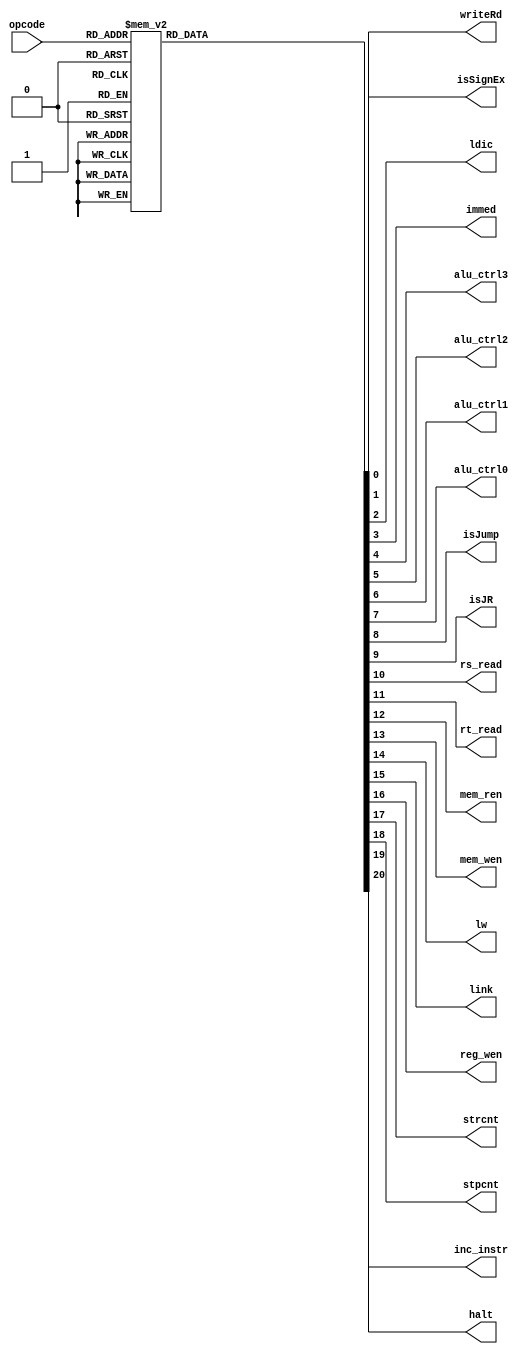
////////////////////////////////////////////////////////
////Author: 
////Date: 
////////////////////////////////////////////////////////
module decoder(
    input [5:0] opcode,
    output reg writeRd,
    output reg isSignEx,
    output reg ldic,
    output reg immed,
    output reg alu_ctrl3,
    output reg alu_ctrl2,
    output reg alu_ctrl1,
    output reg alu_ctrl0,
    output reg isJump,
    output reg isJR,
    output reg rs_read,
    output reg rt_read,
    output reg mem_ren,
    output reg mem_wen,
    output reg lw,
    output reg link,
    output reg reg_wen,
    output reg strcnt,
    output reg stpcnt,
    output reg halt,
    output reg inc_instr
 );
localparam NOP = 6'b000000;
localparam ADD = 6'b000001;
localparam ADDI = 6'b000010;
localparam SUB = 6'b000011;
localparam LUI = 6'b000100;
localparam MOV = 6'b000101;
localparam SLL = 6'b000110;
localparam SRA = 6'b000111;
localparam SRL = 6'b001000;
localparam AND = 6'b001001;
localparam ANDI = 6'b001010;
localparam NOT = 6'b001011;
localparam OR = 6'b001100;
localparam ORI = 6'b001101;
localparam XOR = 6'b001110;
localparam XORI = 6'b001111;
localparam LW = 6'b010001;
localparam SW = 6'b010010;
localparam B = 6'b010011;
localparam BEQ = 6'b010100;
localparam BGT = 6'b010101;
localparam BGE = 6'b010110;
localparam BLE = 6'b010111;
localparam BLT = 6'b011000;
localparam BNE = 6'b011001;
localparam J = 6'b011010;
localparam JAL = 6'b011011;
localparam JALR = 6'b011100;
localparam JR = 6'b011101;
localparam STRCNT = 6'b100000;
localparam STPCNT = 6'b100001;
localparam LDCC = 6'b100010;
localparam LDIC = 6'b100011;
localparam TX = 6'b110000;
localparam HALT = 6'b110001;
localparam ADDB = 6'b010100;
localparam ADDBI = 6'b010101;
localparam SUBB = 6'b010110;
localparam SUBBI = 6'b010111;

wire [5:0] ctrl_codes = opcode;

always @(ctrl_codes) begin

    case(ctrl_codes)
        NOP: begin
            writeRd = 0;
             isSignEx = 0;
             ldic = 0;
             immed = 0;
             alu_ctrl3 = 0;
             alu_ctrl2 = 0;
             alu_ctrl1 = 0;
             alu_ctrl0 = 0;
             isJump = 0;
             isJR = 0;
             rs_read = 0;
             rt_read = 0;
             mem_ren = 0;
             mem_wen = 0;
             lw = 0;
             link = 0;
             reg_wen = 0;
             strcnt = 0;
             stpcnt = 0;
             halt = 0;
             inc_instr = 0;
         end
        ADD: begin
            writeRd = 1;
             isSignEx = 0;
             ldic = 0;
             immed = 0;
             alu_ctrl3 = 0;
             alu_ctrl2 = 0;
             alu_ctrl1 = 0;
             alu_ctrl0 = 0;
             isJump = 0;
             isJR = 0;
             rs_read = 1;
             rt_read = 1;
             mem_ren = 0;
             mem_wen = 0;
             lw = 0;
             link = 0;
             reg_wen = 1;
             strcnt = 0;
             stpcnt = 0;
             halt = 0;
             inc_instr = 1;
         end
        ADDI: begin
            writeRd = 0;
             isSignEx = 1;
             ldic = 0;
             immed = 1;
             alu_ctrl3 = 0;
             alu_ctrl2 = 0;
             alu_ctrl1 = 0;
             alu_ctrl0 = 0;
             isJump = 0;
             isJR = 0;
             rs_read = 1;
             rt_read = 0;
             mem_ren = 0;
             mem_wen = 0;
             lw = 0;
             link = 0;
             reg_wen = 1;
             strcnt = 0;
             stpcnt = 0;
             halt = 0;
             inc_instr = 1;
         end
        SUB: begin
            writeRd = 1;
             isSignEx = 0;
             ldic = 0;
             immed = 0;
             alu_ctrl3 = 0;
             alu_ctrl2 = 0;
             alu_ctrl1 = 0;
             alu_ctrl0 = 1;
             isJump = 0;
             isJR = 0;
             rs_read = 1;
             rt_read = 1;
             mem_ren = 0;
             mem_wen = 0;
             lw = 0;
             link = 0;
             reg_wen = 1;
             strcnt = 0;
             stpcnt = 0;
             halt = 0;
             inc_instr = 1;
         end
        LUI: begin
            writeRd = 0;
             isSignEx = 0;
             ldic = 0;
             immed = 1;
             alu_ctrl3 = 0;
             alu_ctrl2 = 0;
             alu_ctrl1 = 1;
             alu_ctrl0 = 0;
             isJump = 0;
             isJR = 0;
             rs_read = 0;
             rt_read = 0;
             mem_ren = 0;
             mem_wen = 0;
             lw = 0;
             link = 0;
             reg_wen = 1;
             strcnt = 0;
             stpcnt = 0;
             halt = 0;
             inc_instr = 1;
         end
        MOV: begin
            writeRd = 0;
             isSignEx = 0;
             ldic = 0;
             immed = 0;
             alu_ctrl3 = 0;
             alu_ctrl2 = 0;
             alu_ctrl1 = 1;
             alu_ctrl0 = 1;
             isJump = 0;
             isJR = 0;
             rs_read = 1;
             rt_read = 0;
             mem_ren = 0;
             mem_wen = 0;
             lw = 0;
             link = 0;
             reg_wen = 1;
             strcnt = 0;
             stpcnt = 0;
             halt = 0;
             inc_instr = 1;
         end
        SLL: begin
            writeRd = 1;
             isSignEx = 0;
             ldic = 0;
             immed = 0;
             alu_ctrl3 = 0;
             alu_ctrl2 = 1;
             alu_ctrl1 = 0;
             alu_ctrl0 = 1;
             isJump = 0;
             isJR = 0;
             rs_read = 1;
             rt_read = 0;
             mem_ren = 0;
             mem_wen = 0;
             lw = 0;
             link = 0;
             reg_wen = 1;
             strcnt = 0;
             stpcnt = 0;
             halt = 0;
             inc_instr = 1;
         end
        SRA: begin
            writeRd = 1;
             isSignEx = 0;
             ldic = 0;
             immed = 0;
             alu_ctrl3 = 0;
             alu_ctrl2 = 1;
             alu_ctrl1 = 1;
             alu_ctrl0 = 0;
             isJump = 0;
             isJR = 0;
             rs_read = 1;
             rt_read = 0;
             mem_ren = 0;
             mem_wen = 0;
             lw = 0;
             link = 0;
             reg_wen = 1;
             strcnt = 0;
             stpcnt = 0;
             halt = 0;
             inc_instr = 1;
         end
        SRL: begin
            writeRd = 1;
             isSignEx = 0;
             ldic = 0;
             immed = 0;
             alu_ctrl3 = 0;
             alu_ctrl2 = 1;
             alu_ctrl1 = 1;
             alu_ctrl0 = 1;
             isJump = 0;
             isJR = 0;
             rs_read = 1;
             rt_read = 0;
             mem_ren = 0;
             mem_wen = 0;
             lw = 0;
             link = 0;
             reg_wen = 1;
             strcnt = 0;
             stpcnt = 0;
             halt = 0;
             inc_instr = 1;
         end
        AND: begin
            writeRd = 1;
             isSignEx = 0;
             ldic = 0;
             immed = 0;
             alu_ctrl3 = 0;
             alu_ctrl2 = 1;
             alu_ctrl1 = 0;
             alu_ctrl0 = 0;
             isJump = 0;
             isJR = 0;
             rs_read = 1;
             rt_read = 1;
             mem_ren = 0;
             mem_wen = 0;
             lw = 0;
             link = 0;
             reg_wen = 1;
             strcnt = 0;
             stpcnt = 0;
             halt = 0;
             inc_instr = 1;
         end
        ANDI: begin
            writeRd = 0;
             isSignEx = 0;
             ldic = 0;
             immed = 1;
             alu_ctrl3 = 0;
             alu_ctrl2 = 1;
             alu_ctrl1 = 0;
             alu_ctrl0 = 0;
             isJump = 0;
             isJR = 0;
             rs_read = 1;
             rt_read = 0;
             mem_ren = 0;
             mem_wen = 0;
             lw = 0;
             link = 0;
             reg_wen = 1;
             strcnt = 0;
             stpcnt = 0;
             halt = 0;
             inc_instr = 1;
         end
        NOT: begin
            writeRd = 0;
             isSignEx = 0;
             ldic = 0;
             immed = 0;
             alu_ctrl3 = 1;
             alu_ctrl2 = 0;
             alu_ctrl1 = 0;
             alu_ctrl0 = 0;
             isJump = 0;
             isJR = 0;
             rs_read = 1;
             rt_read = 0;
             mem_ren = 0;
             mem_wen = 0;
             lw = 0;
             link = 0;
             reg_wen = 1;
             strcnt = 0;
             stpcnt = 0;
             halt = 0;
             inc_instr = 1;
         end
        OR: begin
            writeRd = 1;
             isSignEx = 0;
             ldic = 0;
             immed = 0;
             alu_ctrl3 = 1;
             alu_ctrl2 = 0;
             alu_ctrl1 = 0;
             alu_ctrl0 = 1;
             isJump = 0;
             isJR = 0;
             rs_read = 1;
             rt_read = 1;
             mem_ren = 0;
             mem_wen = 0;
             lw = 0;
             link = 0;
             reg_wen = 1;
             strcnt = 0;
             stpcnt = 0;
             halt = 0;
             inc_instr = 1;
         end
        ORI: begin
            writeRd = 0;
             isSignEx = 0;
             ldic = 0;
             immed = 1;
             alu_ctrl3 = 1;
             alu_ctrl2 = 0;
             alu_ctrl1 = 0;
             alu_ctrl0 = 1;
             isJump = 0;
             isJR = 0;
             rs_read = 1;
             rt_read = 0;
             mem_ren = 0;
             mem_wen = 0;
             lw = 0;
             link = 0;
             reg_wen = 1;
             strcnt = 0;
             stpcnt = 0;
             halt = 0;
             inc_instr = 1;
         end
        XOR: begin
            writeRd = 1;
             isSignEx = 0;
             ldic = 0;
             immed = 0;
             alu_ctrl3 = 1;
             alu_ctrl2 = 0;
             alu_ctrl1 = 1;
             alu_ctrl0 = 0;
             isJump = 0;
             isJR = 0;
             rs_read = 1;
             rt_read = 1;
             mem_ren = 0;
             mem_wen = 0;
             lw = 0;
             link = 0;
             reg_wen = 1;
             strcnt = 0;
             stpcnt = 0;
             halt = 0;
             inc_instr = 1;
         end
        XORI: begin
            writeRd = 0;
             isSignEx = 0;
             ldic = 0;
             immed = 1;
             alu_ctrl3 = 1;
             alu_ctrl2 = 0;
             alu_ctrl1 = 1;
             alu_ctrl0 = 0;
             isJump = 0;
             isJR = 0;
             rs_read = 1;
             rt_read = 0;
             mem_ren = 0;
             mem_wen = 0;
             lw = 0;
             link = 0;
             reg_wen = 1;
             strcnt = 0;
             stpcnt = 0;
             halt = 0;
             inc_instr = 1;
         end
        LW: begin
            writeRd = 0;
             isSignEx = 0;
             ldic = 0;
             immed = 0;
             alu_ctrl3 = 0;
             alu_ctrl2 = 0;
             alu_ctrl1 = 0;
             alu_ctrl0 = 0;
             isJump = 0;
             isJR = 0;
             rs_read = 1;
             rt_read = 0;
             mem_ren = 1;
             mem_wen = 0;
             lw = 1;
             link = 0;
             reg_wen = 1;
             strcnt = 0;
             stpcnt = 0;
             halt = 0;
             inc_instr = 1;
         end
        SW: begin
            writeRd = 0;
             isSignEx = 0;
             ldic = 0;
             immed = 0;
             alu_ctrl3 = 0;
             alu_ctrl2 = 0;
             alu_ctrl1 = 0;
             alu_ctrl0 = 1;
             isJump = 0;
             isJR = 0;
             rs_read = 1;
             rt_read = 1;
             mem_ren = 0;
             mem_wen = 1;
             lw = 0;
             link = 0;
             reg_wen = 0;
             strcnt = 0;
             stpcnt = 0;
             halt = 0;
             inc_instr = 1;
         end
        B: begin
            writeRd = 0;
             isSignEx = 0;
             ldic = 0;
             immed = 0;
             alu_ctrl3 = 0;
             alu_ctrl2 = 0;
             alu_ctrl1 = 0;
             alu_ctrl0 = 1;
             isJump = 0;
             isJR = 0;
             rs_read = 1;
             rt_read = 1;
             mem_ren = 0;
             mem_wen = 0;
             lw = 0;
             link = 0;
             reg_wen = 0;
             strcnt = 0;
             stpcnt = 0;
             halt = 0;
             inc_instr = 1;
         end
        BEQ: begin
            writeRd = 0;
             isSignEx = 0;
             ldic = 0;
             immed = 0;
             alu_ctrl3 = 0;
             alu_ctrl2 = 0;
             alu_ctrl1 = 0;
             alu_ctrl0 = 1;
             isJump = 0;
             isJR = 0;
             rs_read = 1;
             rt_read = 1;
             mem_ren = 0;
             mem_wen = 0;
             lw = 0;
             link = 0;
             reg_wen = 0;
             strcnt = 0;
             stpcnt = 0;
             halt = 0;
             inc_instr = 1;
         end
        BGT: begin
            writeRd = 0;
             isSignEx = 0;
             ldic = 0;
             immed = 0;
             alu_ctrl3 = 0;
             alu_ctrl2 = 0;
             alu_ctrl1 = 0;
             alu_ctrl0 = 1;
             isJump = 0;
             isJR = 0;
             rs_read = 1;
             rt_read = 1;
             mem_ren = 0;
             mem_wen = 0;
             lw = 0;
             link = 0;
             reg_wen = 0;
             strcnt = 0;
             stpcnt = 0;
             halt = 0;
             inc_instr = 1;
         end
        BGE: begin
            writeRd = 0;
             isSignEx = 0;
             ldic = 0;
             immed = 0;
             alu_ctrl3 = 0;
             alu_ctrl2 = 0;
             alu_ctrl1 = 0;
             alu_ctrl0 = 1;
             isJump = 0;
             isJR = 0;
             rs_read = 1;
             rt_read = 1;
             mem_ren = 0;
             mem_wen = 0;
             lw = 0;
             link = 0;
             reg_wen = 0;
             strcnt = 0;
             stpcnt = 0;
             halt = 0;
             inc_instr = 1;
         end
        BLE: begin
            writeRd = 0;
             isSignEx = 0;
             ldic = 0;
             immed = 0;
             alu_ctrl3 = 0;
             alu_ctrl2 = 0;
             alu_ctrl1 = 0;
             alu_ctrl0 = 1;
             isJump = 0;
             isJR = 0;
             rs_read = 1;
             rt_read = 1;
             mem_ren = 0;
             mem_wen = 0;
             lw = 0;
             link = 0;
             reg_wen = 0;
             strcnt = 0;
             stpcnt = 0;
             halt = 0;
             inc_instr = 1;
         end
        BLT: begin
            writeRd = 0;
             isSignEx = 0;
             ldic = 0;
             immed = 0;
             alu_ctrl3 = 0;
             alu_ctrl2 = 0;
             alu_ctrl1 = 0;
             alu_ctrl0 = 1;
             isJump = 0;
             isJR = 0;
             rs_read = 1;
             rt_read = 1;
             mem_ren = 0;
             mem_wen = 0;
             lw = 0;
             link = 0;
             reg_wen = 0;
             strcnt = 0;
             stpcnt = 0;
             halt = 0;
             inc_instr = 1;
         end
        BNE: begin
            writeRd = 0;
             isSignEx = 0;
             ldic = 0;
             immed = 0;
             alu_ctrl3 = 0;
             alu_ctrl2 = 0;
             alu_ctrl1 = 0;
             alu_ctrl0 = 1;
             isJump = 0;
             isJR = 0;
             rs_read = 1;
             rt_read = 1;
             mem_ren = 0;
             mem_wen = 0;
             lw = 0;
             link = 0;
             reg_wen = 0;
             strcnt = 0;
             stpcnt = 0;
             halt = 0;
             inc_instr = 1;
         end
        J: begin
            writeRd = 0;
             isSignEx = 0;
             ldic = 0;
             immed = 0;
             alu_ctrl3 = 0;
             alu_ctrl2 = 0;
             alu_ctrl1 = 0;
             alu_ctrl0 = 0;
             isJump = 1;
             isJR = 0;
             rs_read = 0;
             rt_read = 0;
             mem_ren = 0;
             mem_wen = 0;
             lw = 0;
             link = 0;
             reg_wen = 0;
             strcnt = 0;
             stpcnt = 0;
             halt = 0;
             inc_instr = 1;
         end
        JAL: begin
            writeRd = 0;
             isSignEx = 0;
             ldic = 0;
             immed = 0;
             alu_ctrl3 = 0;
             alu_ctrl2 = 0;
             alu_ctrl1 = 0;
             alu_ctrl0 = 0;
             isJump = 1;
             isJR = 0;
             rs_read = 0;
             rt_read = 0;
             mem_ren = 0;
             mem_wen = 0;
             lw = 0;
             link = 1;
             reg_wen = 1;
             strcnt = 0;
             stpcnt = 0;
             halt = 0;
             inc_instr = 1;
         end
        JALR: begin
            writeRd = 0;
             isSignEx = 0;
             ldic = 0;
             immed = 0;
             alu_ctrl3 = 0;
             alu_ctrl2 = 0;
             alu_ctrl1 = 0;
             alu_ctrl0 = 0;
             isJump = 1;
             isJR = 1;
             rs_read = 1;
             rt_read = 0;
             mem_ren = 0;
             mem_wen = 0;
             lw = 0;
             link = 1;
             reg_wen = 1;
             strcnt = 0;
             stpcnt = 0;
             halt = 0;
             inc_instr = 1;
         end
        JR: begin
            writeRd = 0;
             isSignEx = 0;
             ldic = 0;
             immed = 0;
             alu_ctrl3 = 0;
             alu_ctrl2 = 0;
             alu_ctrl1 = 0;
             alu_ctrl0 = 0;
             isJump = 1;
             isJR = 1;
             rs_read = 1;
             rt_read = 0;
             mem_ren = 0;
             mem_wen = 0;
             lw = 0;
             link = 0;
             reg_wen = 0;
             strcnt = 0;
             stpcnt = 0;
             halt = 0;
             inc_instr = 1;
         end
        STRCNT: begin
            writeRd = 0;
             isSignEx = 0;
             ldic = 0;
             immed = 0;
             alu_ctrl3 = 0;
             alu_ctrl2 = 0;
             alu_ctrl1 = 0;
             alu_ctrl0 = 0;
             isJump = 0;
             isJR = 0;
             rs_read = 0;
             rt_read = 0;
             mem_ren = 0;
             mem_wen = 0;
             lw = 0;
             link = 0;
             reg_wen = 0;
             strcnt = 1;
             stpcnt = 0;
             halt = 0;
             inc_instr = 1;
         end
        STPCNT: begin
            writeRd = 0;
             isSignEx = 0;
             ldic = 0;
             immed = 0;
             alu_ctrl3 = 0;
             alu_ctrl2 = 0;
             alu_ctrl1 = 0;
             alu_ctrl0 = 0;
             isJump = 0;
             isJR = 0;
             rs_read = 0;
             rt_read = 0;
             mem_ren = 0;
             mem_wen = 0;
             lw = 0;
             link = 0;
             reg_wen = 0;
             strcnt = 0;
             stpcnt = 1;
             halt = 0;
             inc_instr = 1;
         end
        LDCC: begin
            writeRd = 0;
             isSignEx = 0;
             ldic = 0;
             immed = 0;
             alu_ctrl3 = 1;
             alu_ctrl2 = 1;
             alu_ctrl1 = 1;
             alu_ctrl0 = 1;
             isJump = 0;
             isJR = 0;
             rs_read = 0;
             rt_read = 0;
             mem_ren = 0;
             mem_wen = 0;
             lw = 0;
             link = 0;
             reg_wen = 1;
             strcnt = 0;
             stpcnt = 0;
             halt = 0;
             inc_instr = 1;
         end
        LDIC: begin
            writeRd = 0;
             isSignEx = 0;
             ldic = 1;
             immed = 0;
             alu_ctrl3 = 1;
             alu_ctrl2 = 1;
             alu_ctrl1 = 1;
             alu_ctrl0 = 1;
             isJump = 0;
             isJR = 0;
             rs_read = 0;
             rt_read = 0;
             mem_ren = 0;
             mem_wen = 0;
             lw = 0;
             link = 0;
             reg_wen = 1;
             strcnt = 0;
             stpcnt = 0;
             halt = 0;
             inc_instr = 1;
         end
        TX: begin
            writeRd = 0;
             isSignEx = 0;
             ldic = 0;
             immed = 0;
             alu_ctrl3 = 0;
             alu_ctrl2 = 0;
             alu_ctrl1 = 0;
             alu_ctrl0 = 0;
             isJump = 0;
             isJR = 0;
             rs_read = 0;
             rt_read = 0;
             mem_ren = 0;
             mem_wen = 0;
             lw = 0;
             link = 0;
             reg_wen = 0;
             strcnt = 0;
             stpcnt = 0;
             halt = 0;
             inc_instr = 1;
         end
        HALT: begin
            writeRd = 0;
             isSignEx = 0;
             ldic = 0;
             immed = 0;
             alu_ctrl3 = 0;
             alu_ctrl2 = 0;
             alu_ctrl1 = 0;
             alu_ctrl0 = 0;
             isJump = 0;
             isJR = 0;
             rs_read = 0;
             rt_read = 0;
             mem_ren = 0;
             mem_wen = 0;
             lw = 0;
             link = 0;
             reg_wen = 0;
             strcnt = 0;
             stpcnt = 0;
             halt = 1;
             inc_instr = 1;
         end
        ADDB: begin
            writeRd = 1;
             isSignEx = 0;
             ldic = 0;
             immed = 0;
             alu_ctrl3 = 1;
             alu_ctrl2 = 0;
             alu_ctrl1 = 1;
             alu_ctrl0 = 1;
             isJump = 0;
             isJR = 0;
             rs_read = 1;
             rt_read = 1;
             mem_ren = 0;
             mem_wen = 0;
             lw = 0;
             link = 0;
             reg_wen = 1;
             strcnt = 0;
             stpcnt = 0;
             halt = 0;
             inc_instr = 1;
         end
        ADDBI: begin
            writeRd = 0;
             isSignEx = 0;
             ldic = 0;
             immed = 1;
             alu_ctrl3 = 1;
             alu_ctrl2 = 1;
             alu_ctrl1 = 0;
             alu_ctrl0 = 0;
             isJump = 0;
             isJR = 0;
             rs_read = 1;
             rt_read = 0;
             mem_ren = 0;
             mem_wen = 0;
             lw = 0;
             link = 0;
             reg_wen = 1;
             strcnt = 0;
             stpcnt = 0;
             halt = 0;
             inc_instr = 1;
         end
        SUBB: begin
            writeRd = 1;
             isSignEx = 0;
             ldic = 0;
             immed = 0;
             alu_ctrl3 = 1;
             alu_ctrl2 = 1;
             alu_ctrl1 = 0;
             alu_ctrl0 = 1;
             isJump = 0;
             isJR = 0;
             rs_read = 1;
             rt_read = 1;
             mem_ren = 0;
             mem_wen = 0;
             lw = 0;
             link = 0;
             reg_wen = 1;
             strcnt = 0;
             stpcnt = 0;
             halt = 0;
             inc_instr = 1;
         end
        SUBBI: begin
            writeRd = 0;
             isSignEx = 0;
             ldic = 0;
             immed = 1;
             alu_ctrl3 = 1;
             alu_ctrl2 = 1;
             alu_ctrl1 = 1;
             alu_ctrl0 = 0;
             isJump = 0;
             isJR = 0;
             rs_read = 1;
             rt_read = 0;
             mem_ren = 0;
             mem_wen = 0;
             lw = 0;
             link = 0;
             reg_wen = 1;
             strcnt = 0;
             stpcnt = 0;
             halt = 0;
             inc_instr = 1;
         end
        default: begin
            writeRd = 0;
             isSignEx = 0;
             ldic = 0;
             immed = 0;
             alu_ctrl3 = 0;
             alu_ctrl2 = 0;
             alu_ctrl1 = 0;
             alu_ctrl0 = 0;
             isJump = 0;
             isJR = 0;
             rs_read = 0;
             rt_read = 0;
             mem_ren = 0;
             mem_wen = 0;
             lw = 0;
             link = 0;
             reg_wen = 0;
             strcnt = 0;
             stpcnt = 0;
             halt = 0;
             inc_instr = 0;
         end
    endcase
end

endmodule